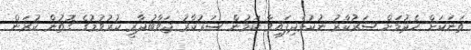
ތަނަކަށް ހެދުމަށް ސަރުކާރު ނުކުޅެދިފައިވާ ކަމުން ސަރުކާރު ޖަވާބުދާރީ ކުރުވުމުގެ ގޮތުން ކުރަން